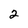
Character: 2